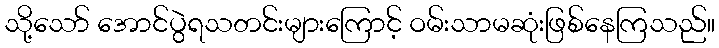
သို့သော် အောင်ပွဲရသတင်းများကြောင့် ဝမ်းသာမဆုံးဖြစ်နေကြသည်။